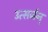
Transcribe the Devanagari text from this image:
उत्सर्जन्